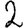
Digit: 2